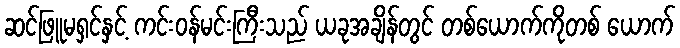
ဆင်ဖြူမရှင်နှင့် ကင်းဝန်မင်းကြီးသည် ယခုအချိန်တွင် တစ်ယောက်ကိုတစ် ယောက်